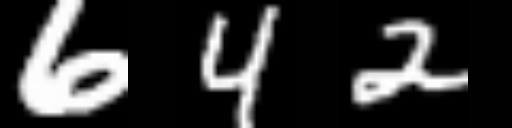
Text: 642